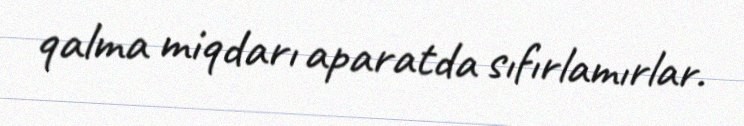
qalma miqdarı aparatda sıfırlamırlar.